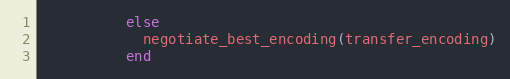
Language: Ruby
          else
            negotiate_best_encoding(transfer_encoding)
          end